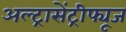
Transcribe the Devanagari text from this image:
अल्ट्रासेंट्रीफ्यूज